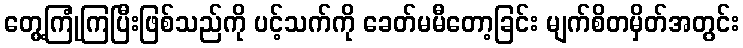
တွေ့ကြုံကြပြီးဖြစ်သည်ကို ပင့်သက်ကို ခေတ်မမီတော့ခြင်း မျက်စိတမှိတ်အတွင်း